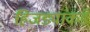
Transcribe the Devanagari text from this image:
हिजड्यांकडे